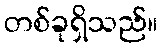
တစ်ခုရှိသည်။